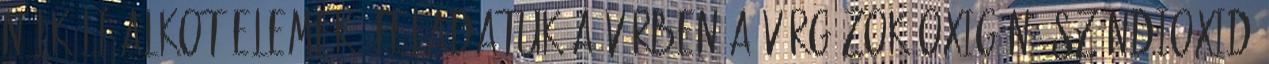
nélküli alkotóelemek. Feladatuk a vérben a vérgázok oxigén, széndioxid